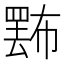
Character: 𢅄